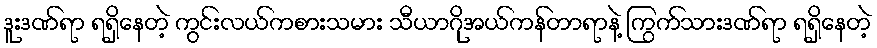
ဒူးဒဏ်ရာ ရရှိနေတဲ့ ကွင်းလယ်ကစားသမား သီယာဂိုအယ်ကန်တာရာနဲ့ ကြွက်သားဒဏ်ရာ ရရှိနေတဲ့